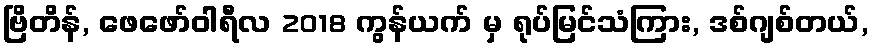
ဗြိတိန်, ဖေဖော်ဝါရီလ 2018 ကွန်ယက် မှ ရုပ်မြင်သံကြား, ဒစ်ဂျစ်တယ်,